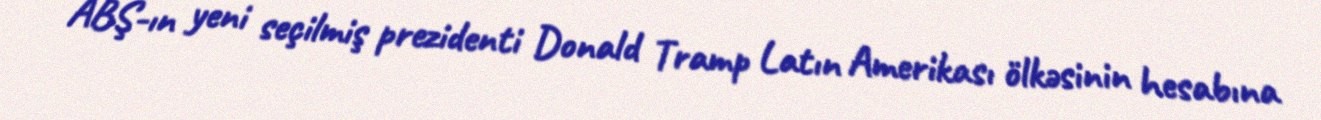
ABŞ-ın yeni seçilmiş prezidenti Donald Tramp Latın Amerikası ölkəsinin hesabına